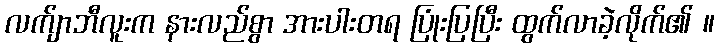
လက်ျာဘီလူးက နားလည်စွာ အားပါးတရ ပြုံးပြပြီး ထွက်လာခဲ့လိုက်၏ ။